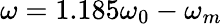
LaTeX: \omega=1.185\omega_{0}-\omega_{m}